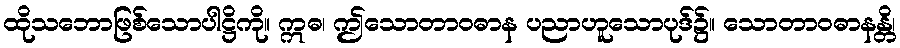
ထိုသဘောဖြစ်သောပါဋ္ဌိကို။ ဣဓ၊ ဤသောတာဝဓာန ပညာဟူသောပုဒ်၌။ သောတာဝဓာနန္တိ၊